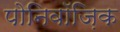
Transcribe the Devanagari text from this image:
पोनिवॉज़िक